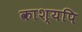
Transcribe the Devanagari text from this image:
काश्यपि